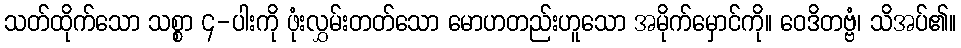
သတ်ထိုက်သော သစ္စာ ၄-ပါးကို ဖုံးလွှမ်းတတ်သော မောဟတည်းဟူသော အမိုက်မှောင်ကို။ ဝေဒိတဗ္ဗံ၊ သိအပ်၏။